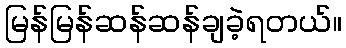
မြန်မြန်ဆန်ဆန်ချခဲ့ရတယ်။